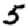
Digit: 5